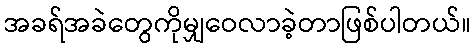
အခရ်အခဲတွေကိုမျှဝေလာခဲ့တာဖြစ်ပါတယ်။